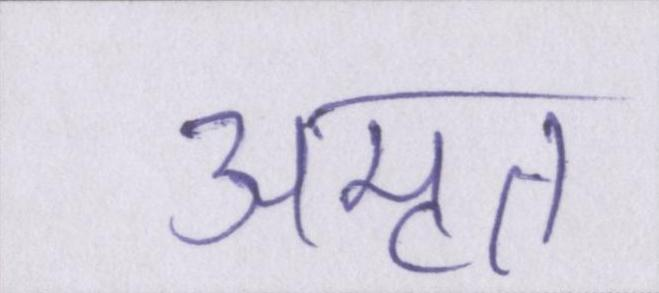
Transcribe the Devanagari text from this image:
अमृत